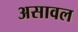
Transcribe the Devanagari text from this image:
असावल